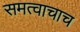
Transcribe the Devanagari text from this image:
समत्वाचाच